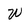
Character: W